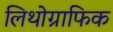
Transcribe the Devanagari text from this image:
लिथोग्राफिक